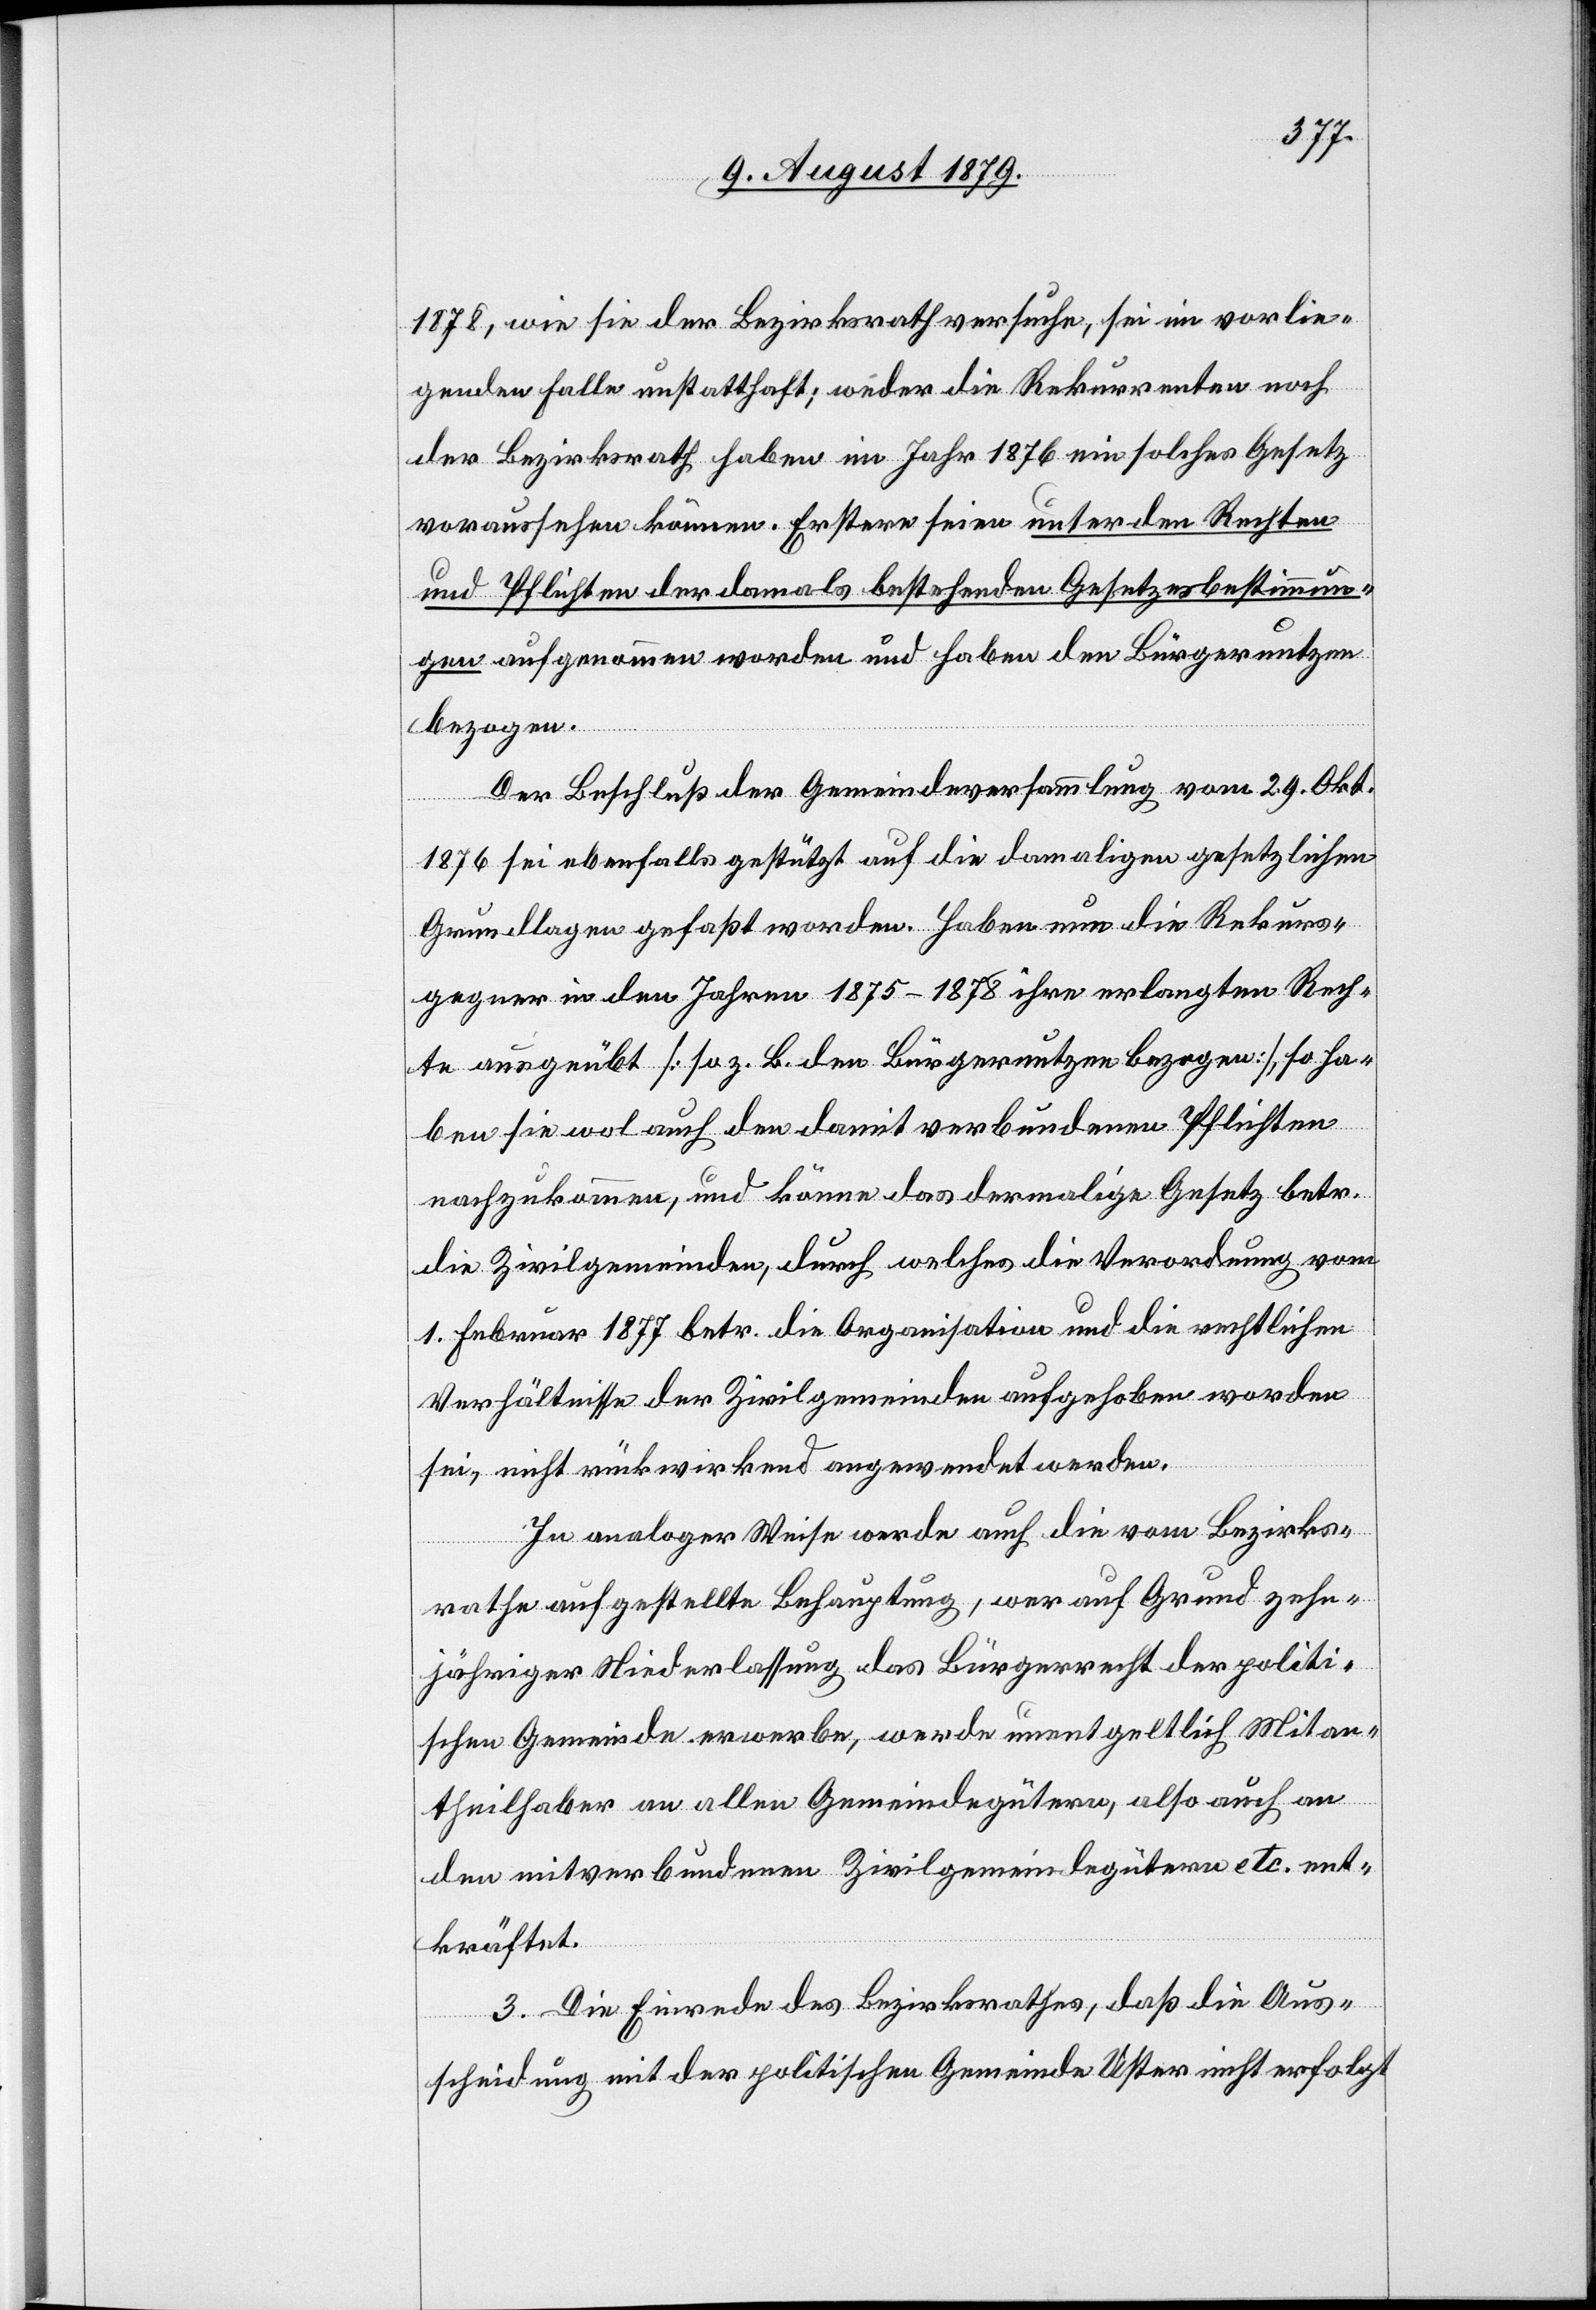
1878, wie sie der Bezirksrath versuche, sei im vorlie¬
genden Falle unstatthaft, weder die Rekurrenten noch
der Bezirksrath haben im Jahr 1876 ein solches Gesetz
voraussehen können. Erstere seien unter den Rechten
und Pflichten der damals bestehenden Gesetzesbestimmun¬
gen aufgenommen worden und haben den Bürgernutzen
bezogen.
Der Beschluß der Gemeindeversammlung vom 29. Okt.
1876 sei ebenfalls gestützt auf die damaligen gesetzlichen
Grundlagen gefaßt worden. Haben nun die Rekurs¬
gegner in den Jahren 1875–1878 ihre erlangten Rech¬
te ausgeübt [so z. B. den Bürgernutzen bezogen], so ha¬
ben sie wol auch den damit verbundenen Pflichten
nachzukommen, und könne das damalige Gesetz betr.
die Zivilgemeinden, durch welches die Verordnung vom
1. Februar 1877 betr. die Organisation und die rechtlichen
Verhältnisse der Zivilgemeinde aufgehoben worden
sei, nicht rückwirkend angewendet werden.
In analoger Weise werde auch die vom Bezirks¬
rathe aufgestellte Behauptung, wer auf Grund zehn¬
jähriger Niederlassung das Bürgerrecht der politi¬
schen Gemeinde erwerbe, werde unentgeltlich Mitan¬
theilhaber an allen Gemeindegütern, also auch an
den mitverbundenen Zivilgemeindegütern etc. ent¬
kräftet.
3. Die Einrede des Bezirksrathes, daß die Aus¬
scheidung mit der politischen Gemeinde Uster nicht erfolgt